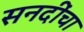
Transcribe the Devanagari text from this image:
सनदींचा